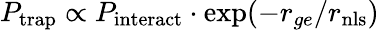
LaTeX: P_{\mathrm{trap}}\propto P_{\mathrm{interact}}\cdot\exp(-r_{ge}/r_{\mathrm{{nls}}})